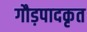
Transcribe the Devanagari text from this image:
गौड़पादकृत